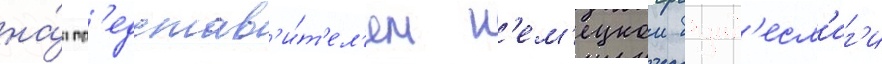
на́д пр'едстав'и́т'ел'ем н'ем'ецкои бунд'есл'иг'и